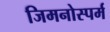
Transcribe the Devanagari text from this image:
जिमनोस्पर्म